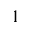
1